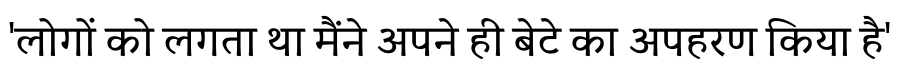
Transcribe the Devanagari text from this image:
'लोगों को लगता था मैंने अपने ही बेटे का अपहरण किया है'